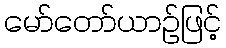
မော်တော်ယာဉ်ဖြင့်